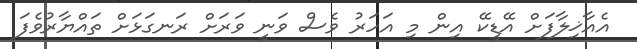
އެއާޚިލާފަށް އޭޑީކޭ އިން މި އަހަރު ވެސް ވަނީ ވަރަށް ރަނގަޅަށް ތައްޔާރުވެފަ